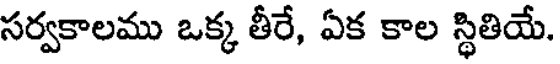
సర్వకాలము ఒక్క తీరే, ఏక కాల స్థితియే.